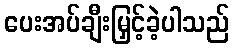
ပေးအပ်ချီးမြှင့်ခဲ့ပါသည်